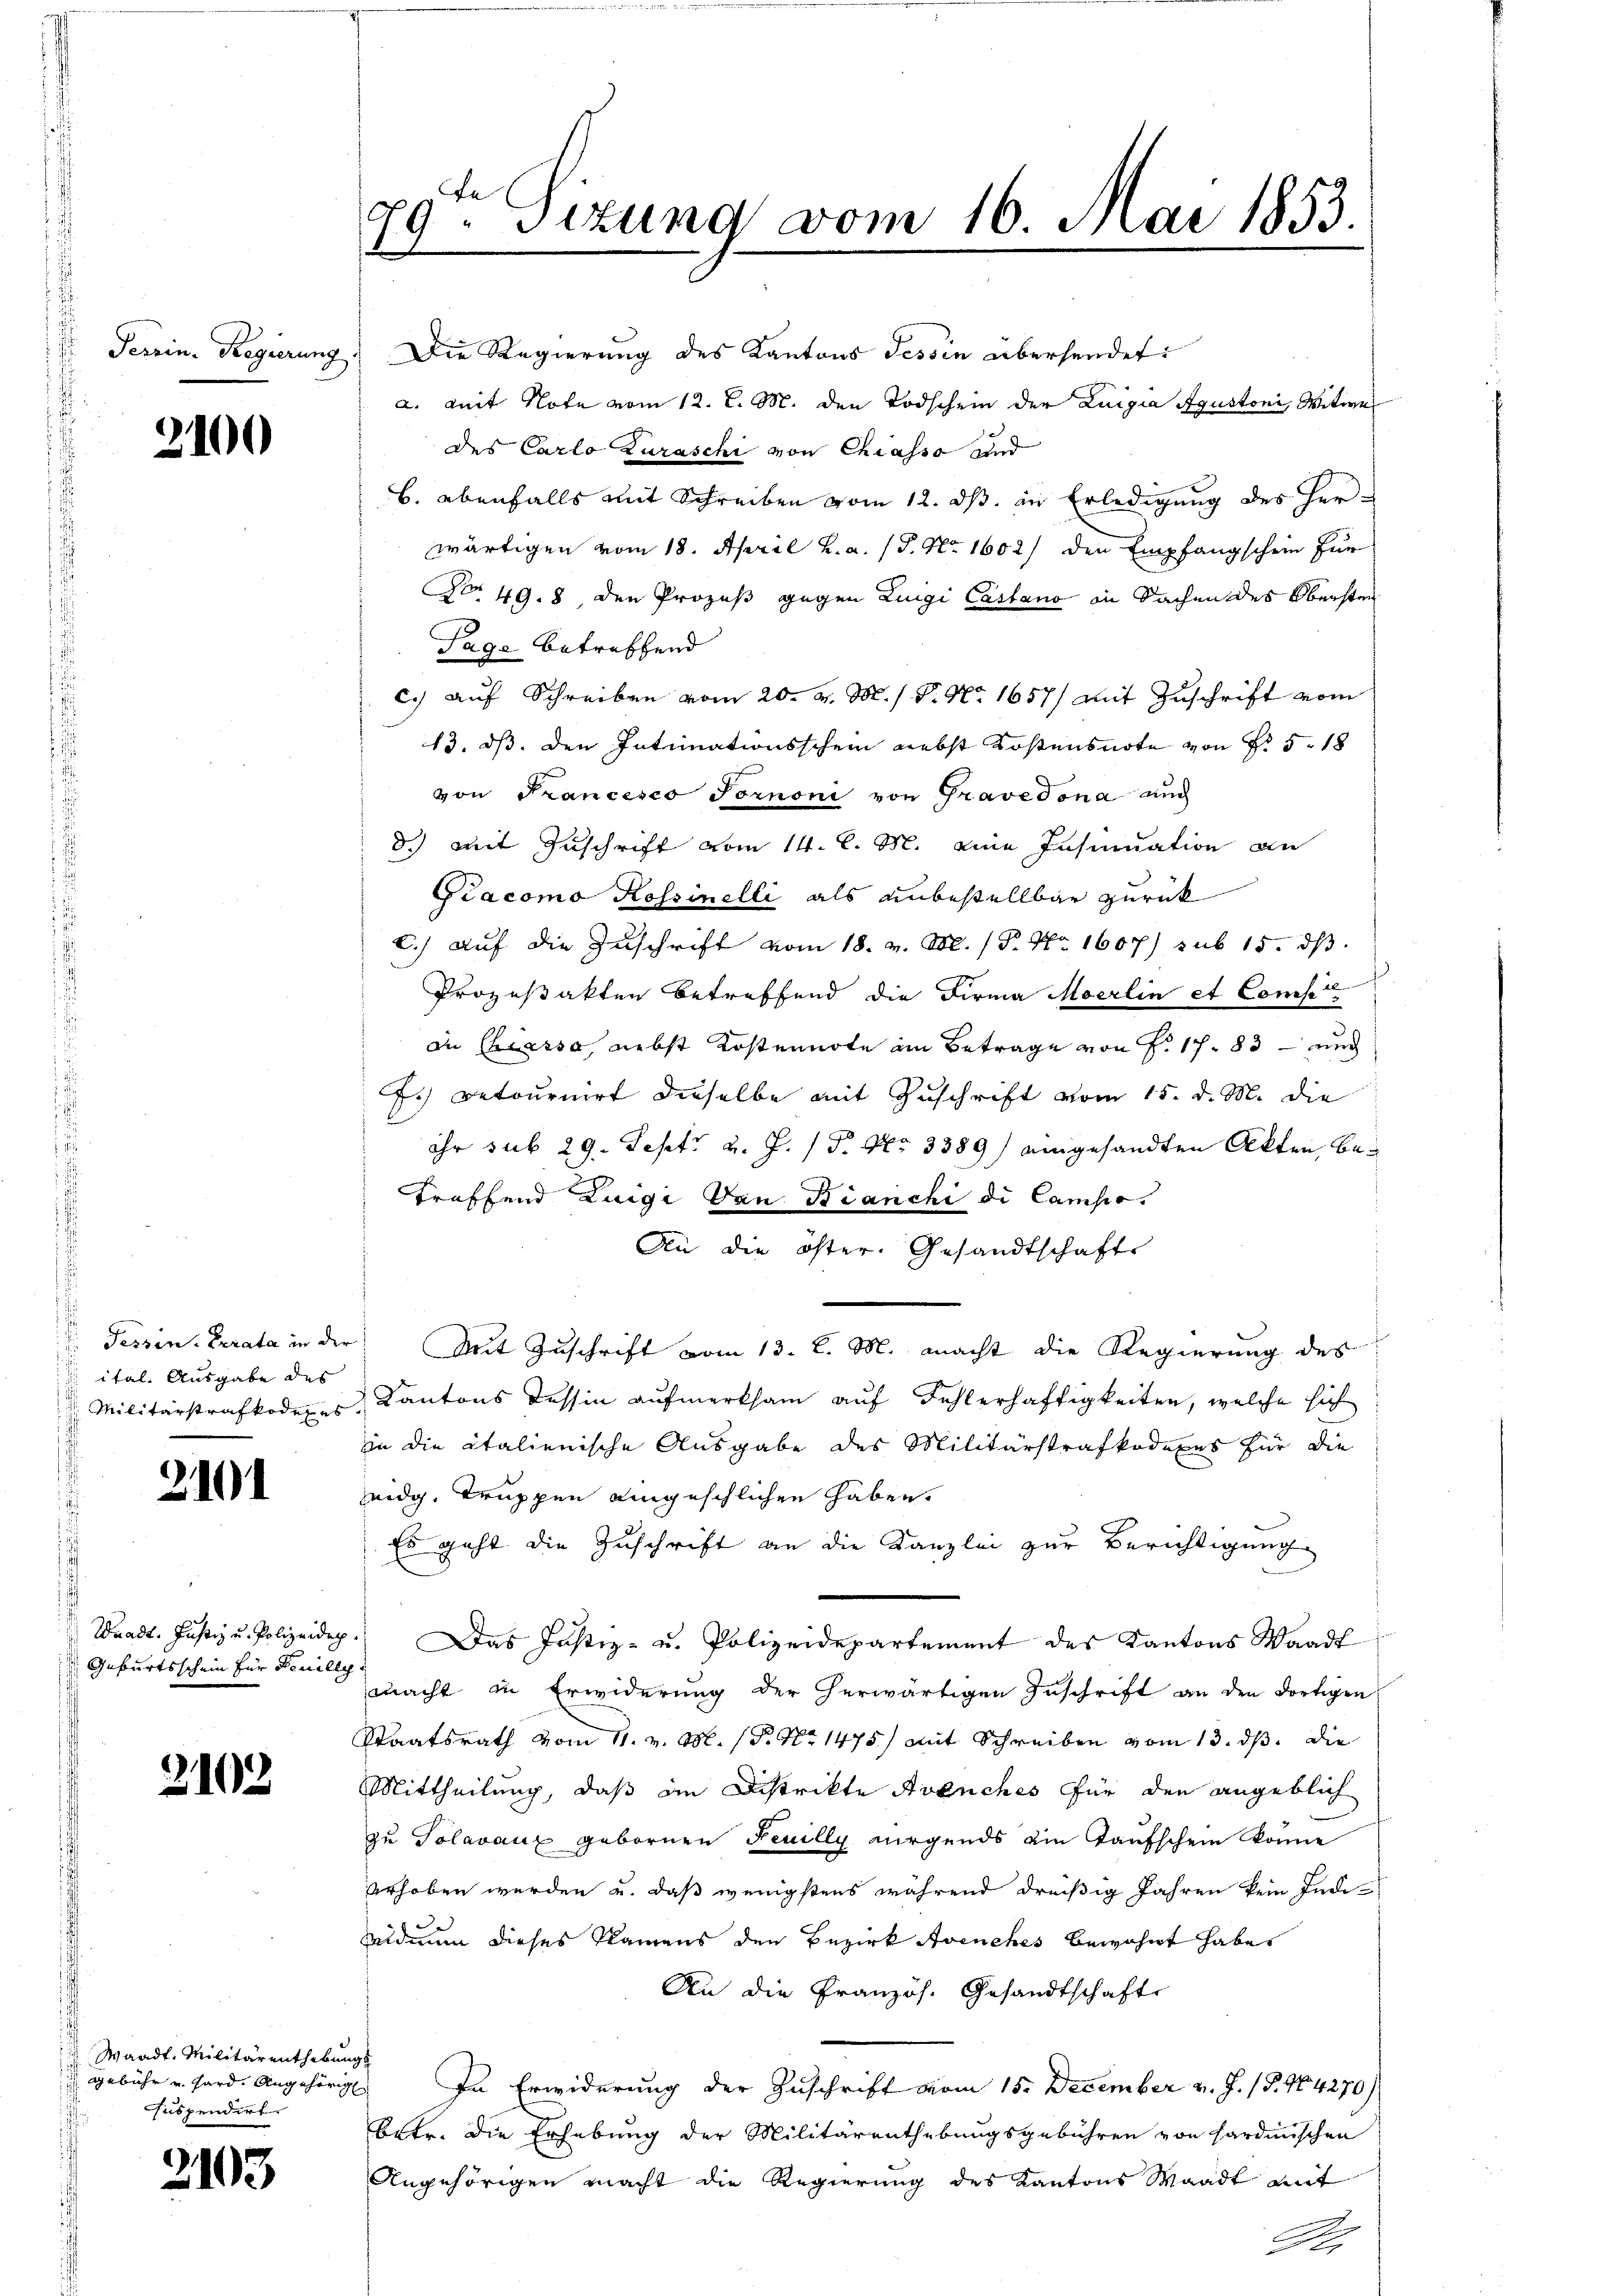
Terrin. Regierung
f

2100

Tessin. Berata in die
 ital. Ausgabe des
 Militärstrafkodex es

2101

Waadt. Justiz u. Polizeidep
Geburtsschein für Feuillg.

2103

Waadt. Militärenthebungs
suspendirt.

2103

29ten Sizung vom 16. Mai 1853.
.

s

Die Regierung des Kantons Tessin übersendet
a. mit Note vom 12. l. M. den Todschein der Luigia Agustoni, Witwe
des Carlo Zuraschi von Chiasso und
b. ebenfalls mit Schreiben vom 12. ds. in Erledigung des Her-
wärtigen vom 18. April h. a. (T. No. 1602/ den Empfangschein für
No. 49. 8 den Prozeß gegen Luigi Castano in Sachen des Obersten
Tage betreffend
c.) auf Schreiben vom 20. v. M. / P. Nr. 1657) mit Zuschrift vom
13. ds. den Intimationsschein nebst Kostensnote von Fr. 5. 18
von Francesco Pomnoni von Gravedona auch
d.) Mit Zuschrift vom 14. d. M. eine Insinuation an
Giacomo Rossinelli als unbestellbar zurück
C.) Auf die Zuschrift vom 18. v. M. (S. Nr. 1607/ sub 15. dβ
Prozeßakten betreffend die Firma Moerlin et Concl
e
an Cassa, nebst Kostennote im Betrage von f. 17. 83 — und
7.) Betournirt dieselbe mit Zuschrift vom 15. d. M. die
ihr sub 29. Sept v. J. P. Nr. 3389) eingesandten Akten, betreffend Luigi Van Bianchi di Campio
An die öster. Gesandtschaft
r. Mit Zuschrift vom 13. l. M. macht die Regierung des
Kantons Tessin aufmerksam auf Fehlerhaftigkeiten, welche sich
in die italienische Ausgabe des Militärstrafkodexes für die
eidg. Truppen eingeschlichen haben.
Es geht die Zuschrift an die Kanzlei zur Berichtigung
 Das Justiz- u. Polizeidepartement des Kantons Waadt
macht in Erwiderung der herwärtigen Zuschrift an den dortigen
Staatsrath vom 11. v. M. (T. No 1475) mit Schreiben vom 13. ds. die
Mittheilung, daß im Distrikte Avenches für den angeblich
zu Polavaux gebornen Feuilly aurgends ein Taufschein könne
erhoben werden u. daß wenigstens während dreißig Jahren kein Individmun dieses Namens den Bezirk Avenches bewohnt habe,
An die Französ. Gesandtschafte
 gebühr u. hard. Angehörig. In Erwiderung der Zuschrift vom 15. December v. J. 18. 104270/
betr. die Erhebung der Militärenthebungsgebühren von Sardinischen
Angehörigen macht die Regierung des Kantons Waadt mit
A